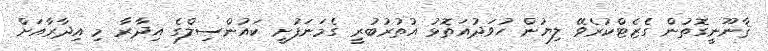
ޤާނޫނީގޮތުން ގެޒެޓްކުރެވޭ ލިޔުން ހުވަދުއަތޮޅު އުތުރުބުރީ ގެމަނަފުށީ ކައުންސިލްގެ އިދާރާ މި އިދާރާއަށް